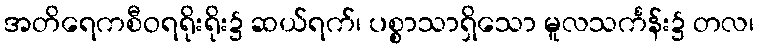
အတိရေကစီဝရရိုးရိုး၌ ဆယ်ရက်၊ ပစ္စာသာရှိသော မူလသင်္ကန်း၌ တလ၊